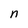
Character: n